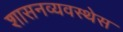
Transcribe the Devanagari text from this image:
शासनव्यवस्थेस